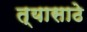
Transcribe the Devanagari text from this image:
त्यासाठे